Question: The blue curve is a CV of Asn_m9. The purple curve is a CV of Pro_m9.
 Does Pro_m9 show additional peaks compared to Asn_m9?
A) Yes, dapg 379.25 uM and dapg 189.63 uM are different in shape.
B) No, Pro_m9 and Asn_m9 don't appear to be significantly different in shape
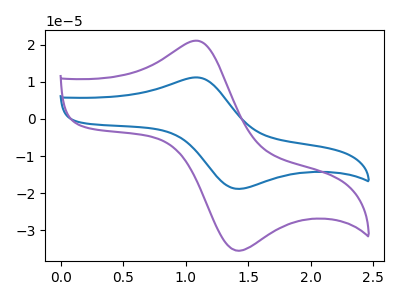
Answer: <think>The blue curve "Asn_m9" has an anodic peak at (1.10V, 11.15uA) and a cathodic peak at (1.45V, -18.85uA). The purple curve "Pro_m9" has an anodic peak at (1.10V, 21.00uA) and a cathodic peak at (1.45V, -35.45uA).
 All the peaks in "Pro_m9" have a peak in "Asn_m9" at the same potential. Every peak in "Pro_m9" is higher than every peak in "Asn_m9".</think>
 <answer>B) No, "Pro_m9" and "Asn_m9" don't appear to be significantly different in shape</answer>
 <eval>B</eval>